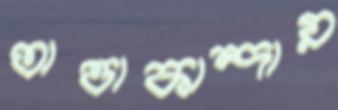
তাত্তাকান্দায়